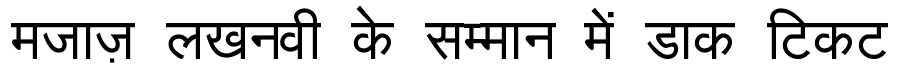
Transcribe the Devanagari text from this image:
मजाज़ लखनवी के सम्मान में डाक टिकट